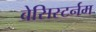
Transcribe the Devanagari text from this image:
बेसिस्टर्नम